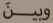
وبين